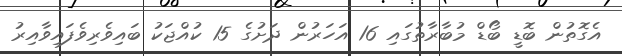
އެގޮތުން ބޮޑީ ބޯޑް މުބާރާތުގައި 16 އަހަރުން ދަށުގެ 15 ކުއްޖަކު ބައިވެރިވެފައިވާއިރު